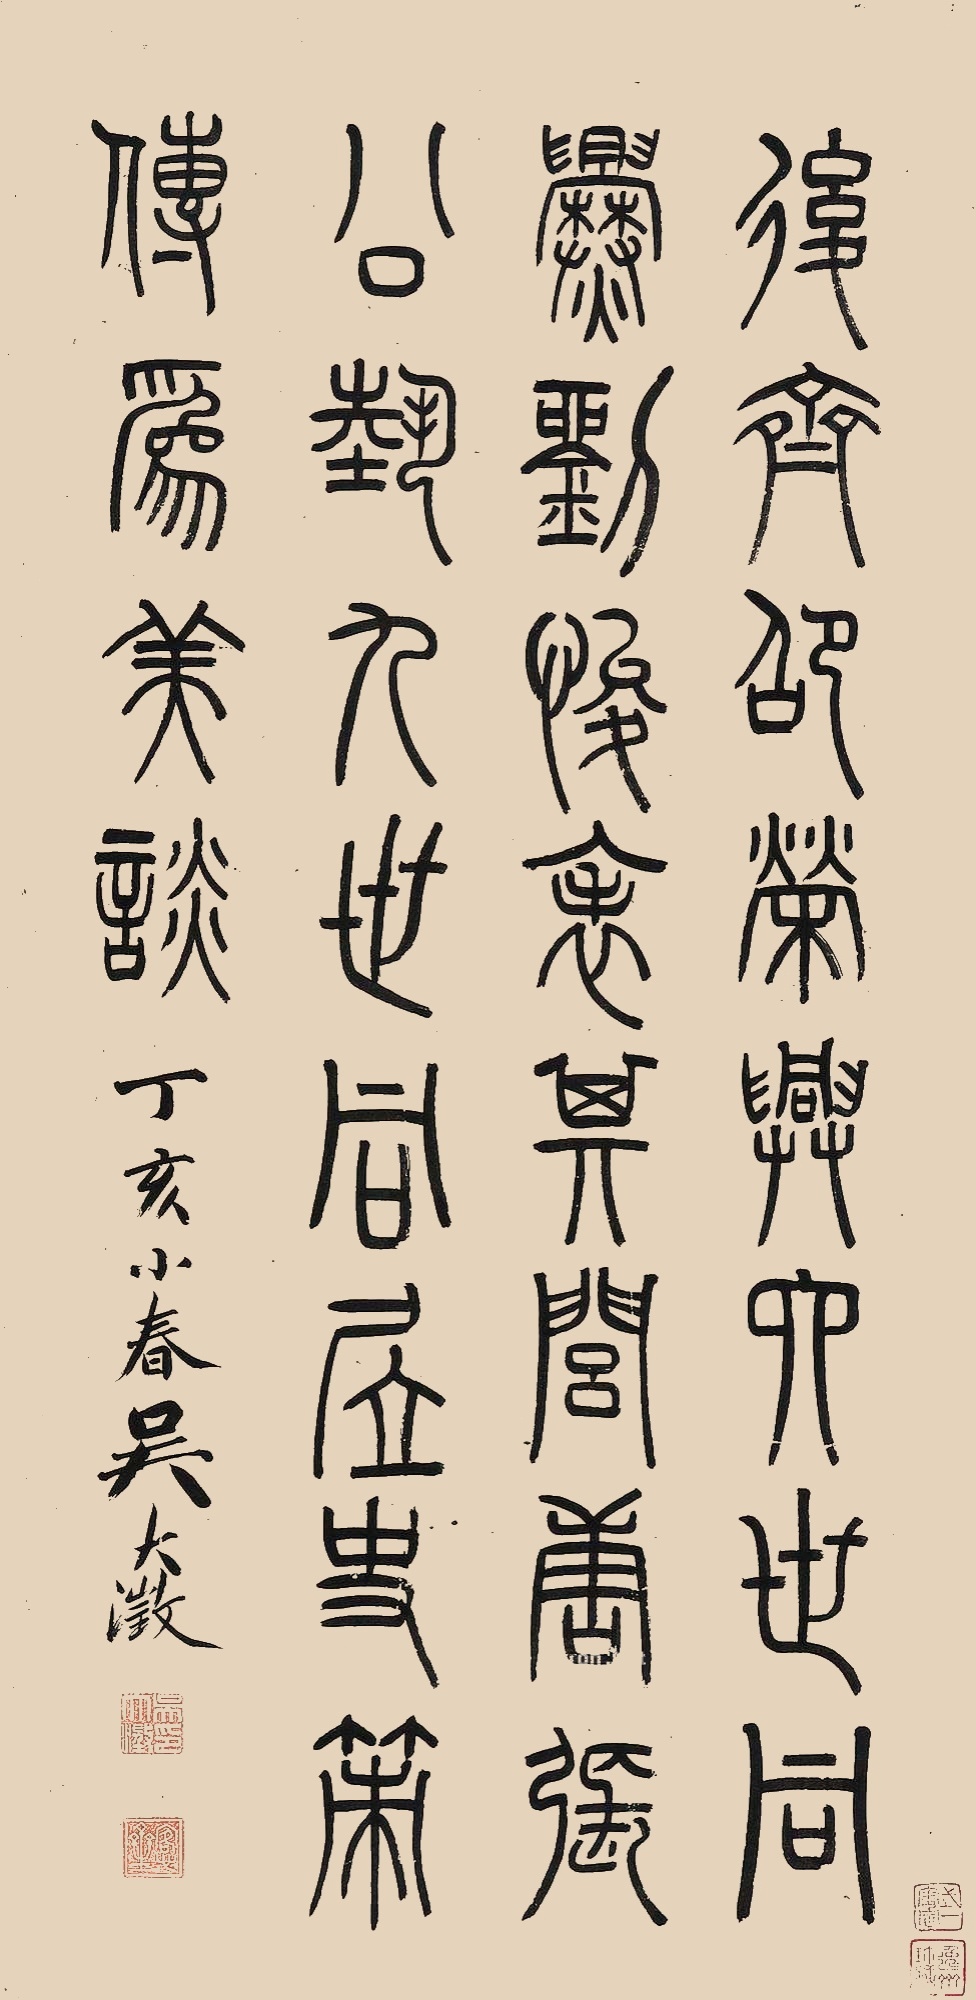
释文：后齐邵荣兴六世，同㸑刘悛表其闾。唐张公艺九世同居，史策传为美谈。丁亥小春，吴大澂。